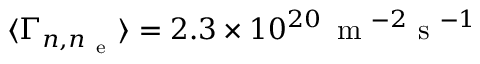
\ensuremath { \langle \Gamma _ { n , n _ { \mathrm { ~ e ~ } } } \rangle } = 2 . 3 \times 1 0 ^ { 2 0 } \, \mathrm { ~ m ~ } ^ { - 2 } \mathrm { ~ s ~ } ^ { - 1 }